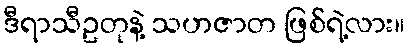
ဒီရာသီဥတုနဲ့ သဟဇာတ ဖြစ်ရဲ့လား။